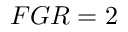
F G R = 2